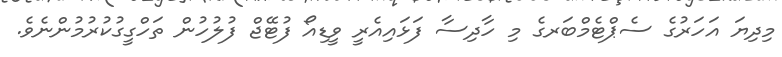
މިދިޔަ އަަހަރުގެ ސެޕްޓެމްބަރގެ މި ހާދިސާ ފަޅައިއެރީ ވީޑިއޯ ފުޓޭޖް ފުލުހުން ތަހްގީގުކުރުމުންނެވެ.